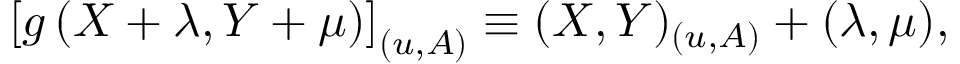
\left[ g \left( X + \lambda , Y + \mu \right) \right] _ { ( u , A ) } \equiv ( X , Y ) _ { ( u , A ) } + ( \lambda , \mu ) ,